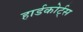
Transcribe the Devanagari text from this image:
हार्डकोर्ट्स